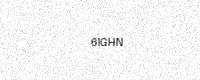
Text: 6IGHN